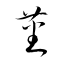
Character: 蕃